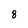
Character: 8